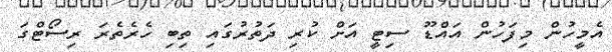
އެމީހުން މިފަހުން އައްޑޫ ސިޓީ އަށް ކުރި ދަތުރުގައި ތިބި ހެރެތެރަ ރިސޯޓްގަ